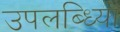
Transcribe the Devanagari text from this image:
उपलब्ध्यिों